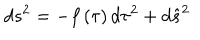
d s ^ { 2 } = - f \left( \tau \right) d \tau ^ { 2 } + d \hat { s } ^ { 2 }